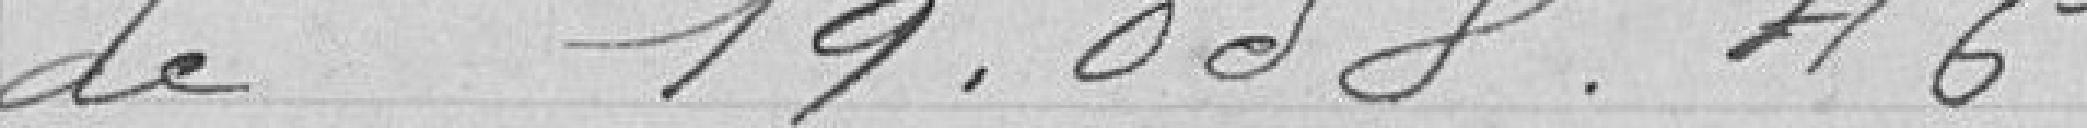
de 19 058, 46